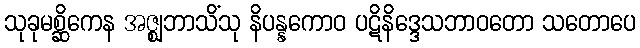
သုခုမစ္ဆိကေန အဇ္ဈဘာသိံသု နိပန္နကောဝ ပဋိနိဒ္ဒေသဘာဝတော သတောပေ